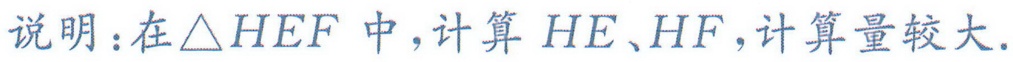
说明：在\(\triangle HEF\)中，计算\(HE\)、\(HF\)，计算量较大.